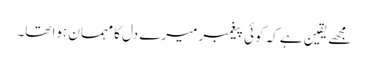
مجھے یقین ہے کہ کوئی پیغمبر میرے دل کا مہمان ہوا تھا۔